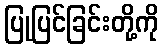
ပြုပြင်ခြင်းတို့ကို